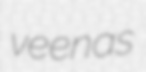
veenas